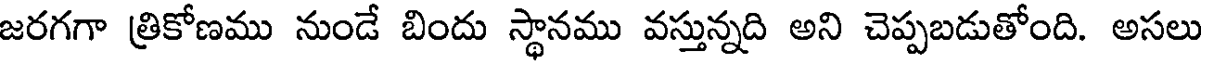
జరగగా త్రికోణము నుండే బిందు స్థానము వస్తున్నది అని చెప్పబడుతోంది. అసలు